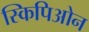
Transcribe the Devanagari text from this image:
स्किपिओन